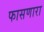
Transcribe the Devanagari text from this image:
फासणारा